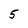
Character: 5